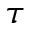
\tau